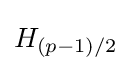
H_{(p-1)/2}